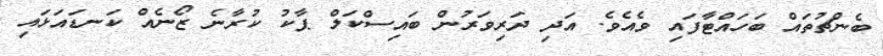
ބެންޗުތައް ބަހައްޓާފައި ވެއެވެ. އަދި ދަރިވަރުން ބައިސްކަލް ޕާކު ކުރާނެ ޒޯނެއް ކަނޑައަޅައި